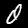
Digit: 0